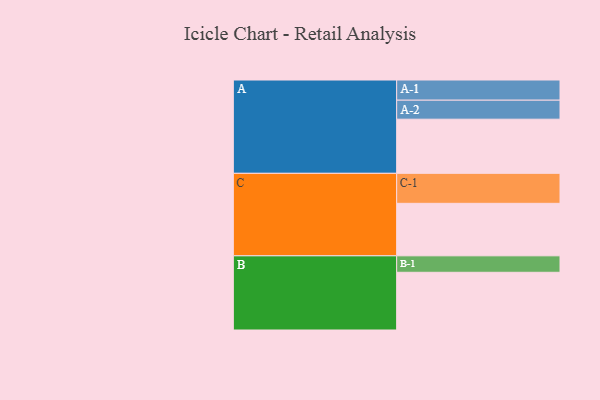
{"axis": {"x": "Segment", "y": "Value"}, "legend": ["", "A", "B", "C"], "data": [{"x": "A", "y": 424, "type": ""}, {"x": "B", "y": 452, "type": ""}, {"x": "C", "y": 411, "type": ""}, {"x": "A-1", "y": 158, "type": "A"}, {"x": "A-2", "y": 149, "type": "A"}, {"x": "B-1", "y": 129, "type": "B"}, {"x": "C-1", "y": 235, "type": "C"}]}